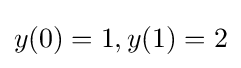
{\textstyle y(0)=1,y(1)=2}